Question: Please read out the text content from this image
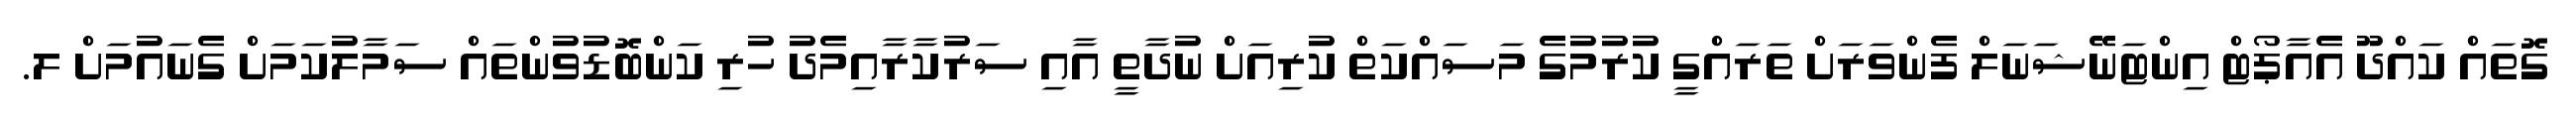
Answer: ގޮތައް ކައްދޫ އެއާޕޯޓް އިންޓަނޭޝަނަލް ފެންވަރަށް ތަރައްގީ ކުރުމުގެ މަސައްކަތް ކުރިއަށް ނުދާތީ އާއި ސަރުކާރާއިމެދު ހުރި ކަންބޮޑުވުންތައް ސަމާލުކަމަށް ގެނައުމަށް ލ.